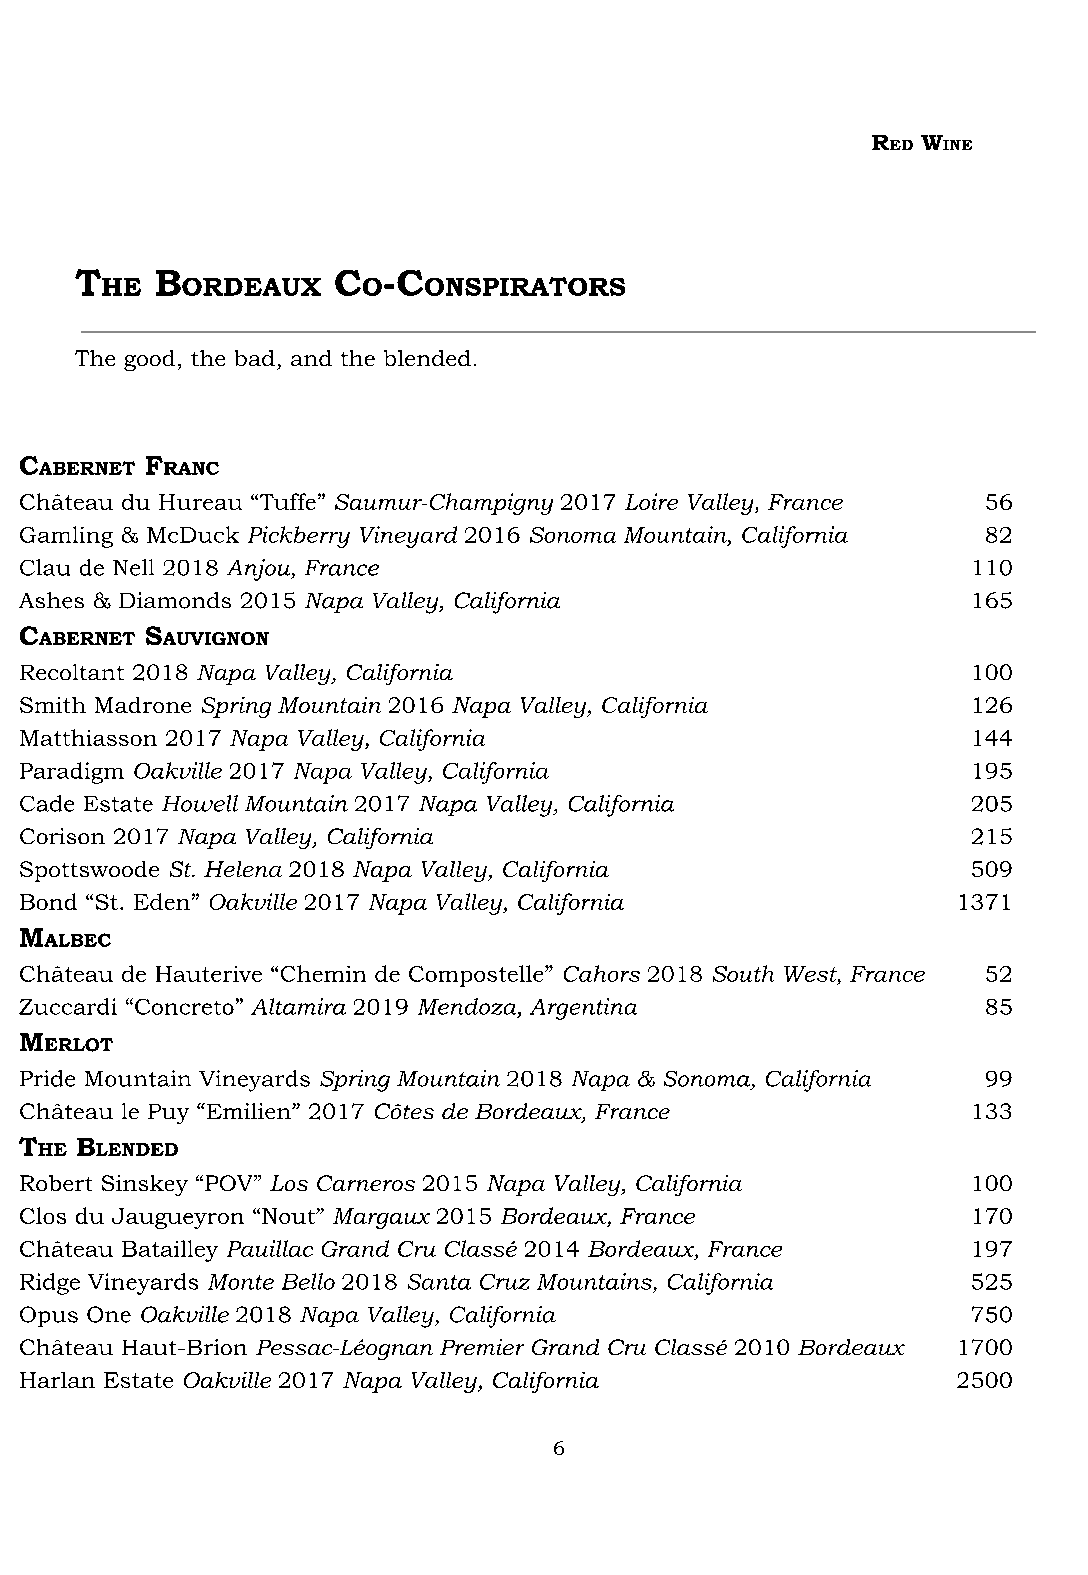
R  W
 ED INE
 T    B           C  -C
 HE   ORDEAUX     O   ONSPIRATORS
 The good, the bad, and the blended.
 C        F
 ABERNET RANC
 Château du Hureau “Tuffe” Saumur-Champigny 2017 Loire Valley, France 56
 Gamling & McDuck Pickberry Vineyard 2016 Sonoma Mountain, California 82
 Clau de Nell 2018 Anjou, France                                110
 Ashes & Diamonds 2015 Napa Valley, California                  165
 C        S
 ABERNET AUVIGNON
 Recoltant 2018 Napa Valley, California                         100
 Smith Madrone Spring Mountain 2016 Napa Valley, California     126
 Matthiasson 2017 Napa Valley, California                       144
 Paradigm Oakville 2017 Napa Valley, California                 195
 Cade Estate Howell Mountain 2017 Napa Valley, California       205
 Corison 2017 Napa Valley, California                           215
 Spottswoode St. Helena 2018 Napa Valley, California            509
 Bond “St. Eden” Oakville 2017 Napa Valley, California         1371
 M
 ALBEC
 Château de Hauterive “Chemin de Compostelle” Cahors 2018 South West, France 52
 Zuccardi “Concreto” Altamira 2019 Mendoza, Argentina            85
 M
 ERLOT
 Pride Mountain Vineyards Spring Mountain 2018 Napa & Sonoma, California 99
 Château le Puy “Emilien” 2017 Côtes de Bordeaux, France        133
 T   B
 HE  LENDED
 Robert Sinskey “POV” Los Carneros 2015 Napa Valley, California 100
 Clos du Jaugueyron “Nout” Margaux 2015 Bordeaux, France        170
 Château Batailley Pauillac Grand Cru Classé 2014 Bordeaux, France 197
 Ridge Vineyards Monte Bello 2018 Santa Cruz Mountains, California 525
 Opus One Oakville 2018 Napa Valley, California                 750
 Château Haut-Brion Pessac-Léognan Premier Grand Cru Classé 2010 Bordeaux 1700
 Harlan Estate Oakville 2017 Napa Valley, California           2500
 6